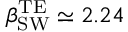
\beta _ { \mathrm { S W } } ^ { \mathrm { T E } } \simeq 2 . 2 4